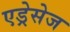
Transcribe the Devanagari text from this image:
एड्रेसेज